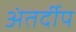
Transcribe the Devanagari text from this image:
अंतर्दीप